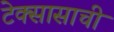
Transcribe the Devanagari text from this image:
टेक्सासाची